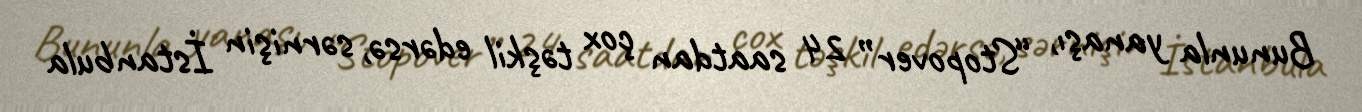
Bununla yanaşı, “Stopover” 24 saatdan çox təşkil edərsə, sərnişin İstanbula